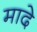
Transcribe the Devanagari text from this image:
मादे